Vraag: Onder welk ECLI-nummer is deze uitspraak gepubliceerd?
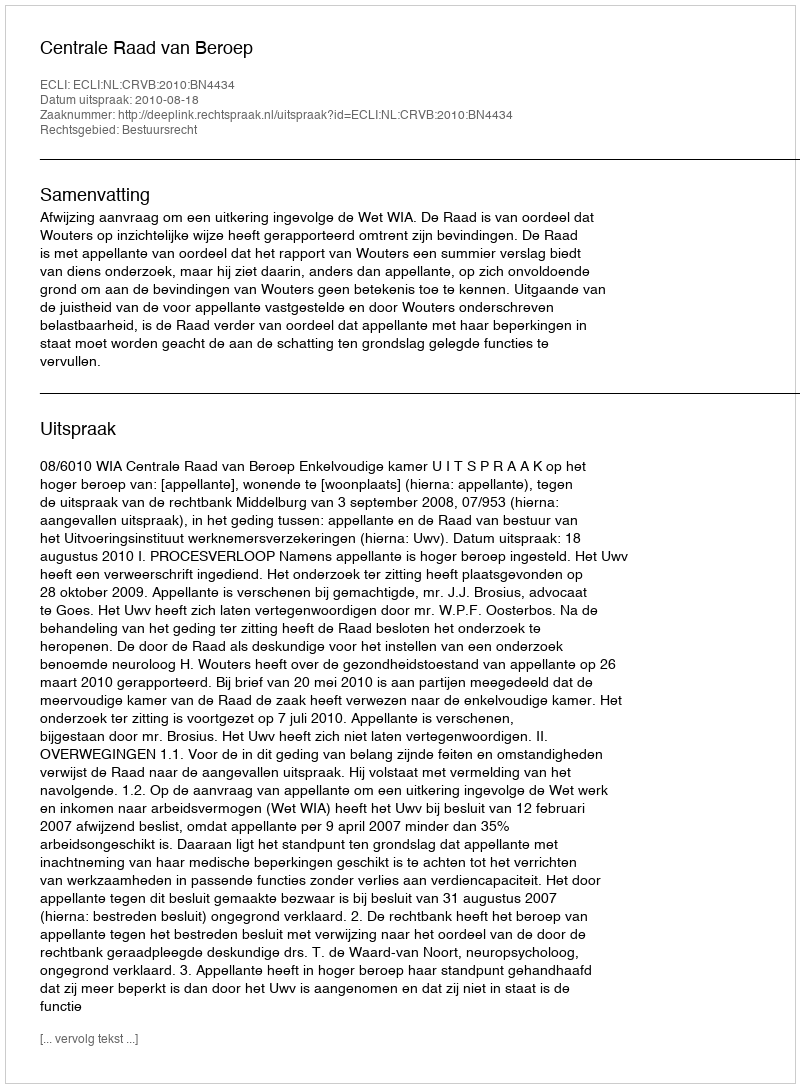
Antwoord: ECLI:NL:CRVB:2010:BN4434